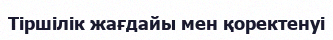
Тіршілік жағдайы мен қоректенуі